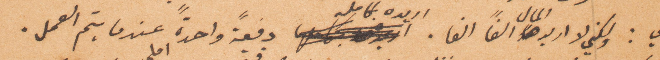
ولكني لا اريد المال الفًا ألفا. اريده كامل دفعة واحدة عندما يتم العمل.